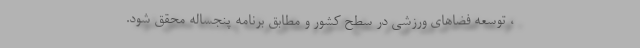
، توسعه فضاهای ورزشی در سطح کشور و مطابق برنامه پنجساله محقق شود.